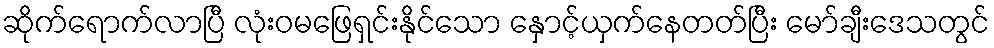
ဆိုက်ရောက်လာပြီ လုံးဝမဖြေရှင်းနိုင်သော နှောင့်ယှက်နေတတ်ပြီး မော်ချီးဒေသတွင်